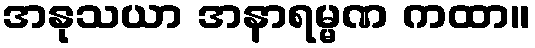
အနုသယာ အနာရမ္မဏ ကထာ။